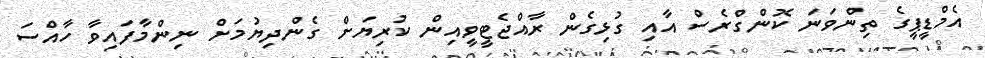
އެމްޑީޕީގެ ތިންވަނަ ކޮންގްރެސް އާއި ގުޅިގެން ރާއްޖެޓީވީއިން ކުރިޔަށް ގެންދިޔުމަށް ނިންމާފައިވާ ހާއްސަ